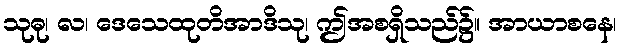
သုဓု၊ လ၊ ဒေသေထုတိအာဒိသု၊ ဤအစရှိသည်၌။ အာယာစနေ၊